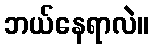
ဘယ်နေရာလဲ။